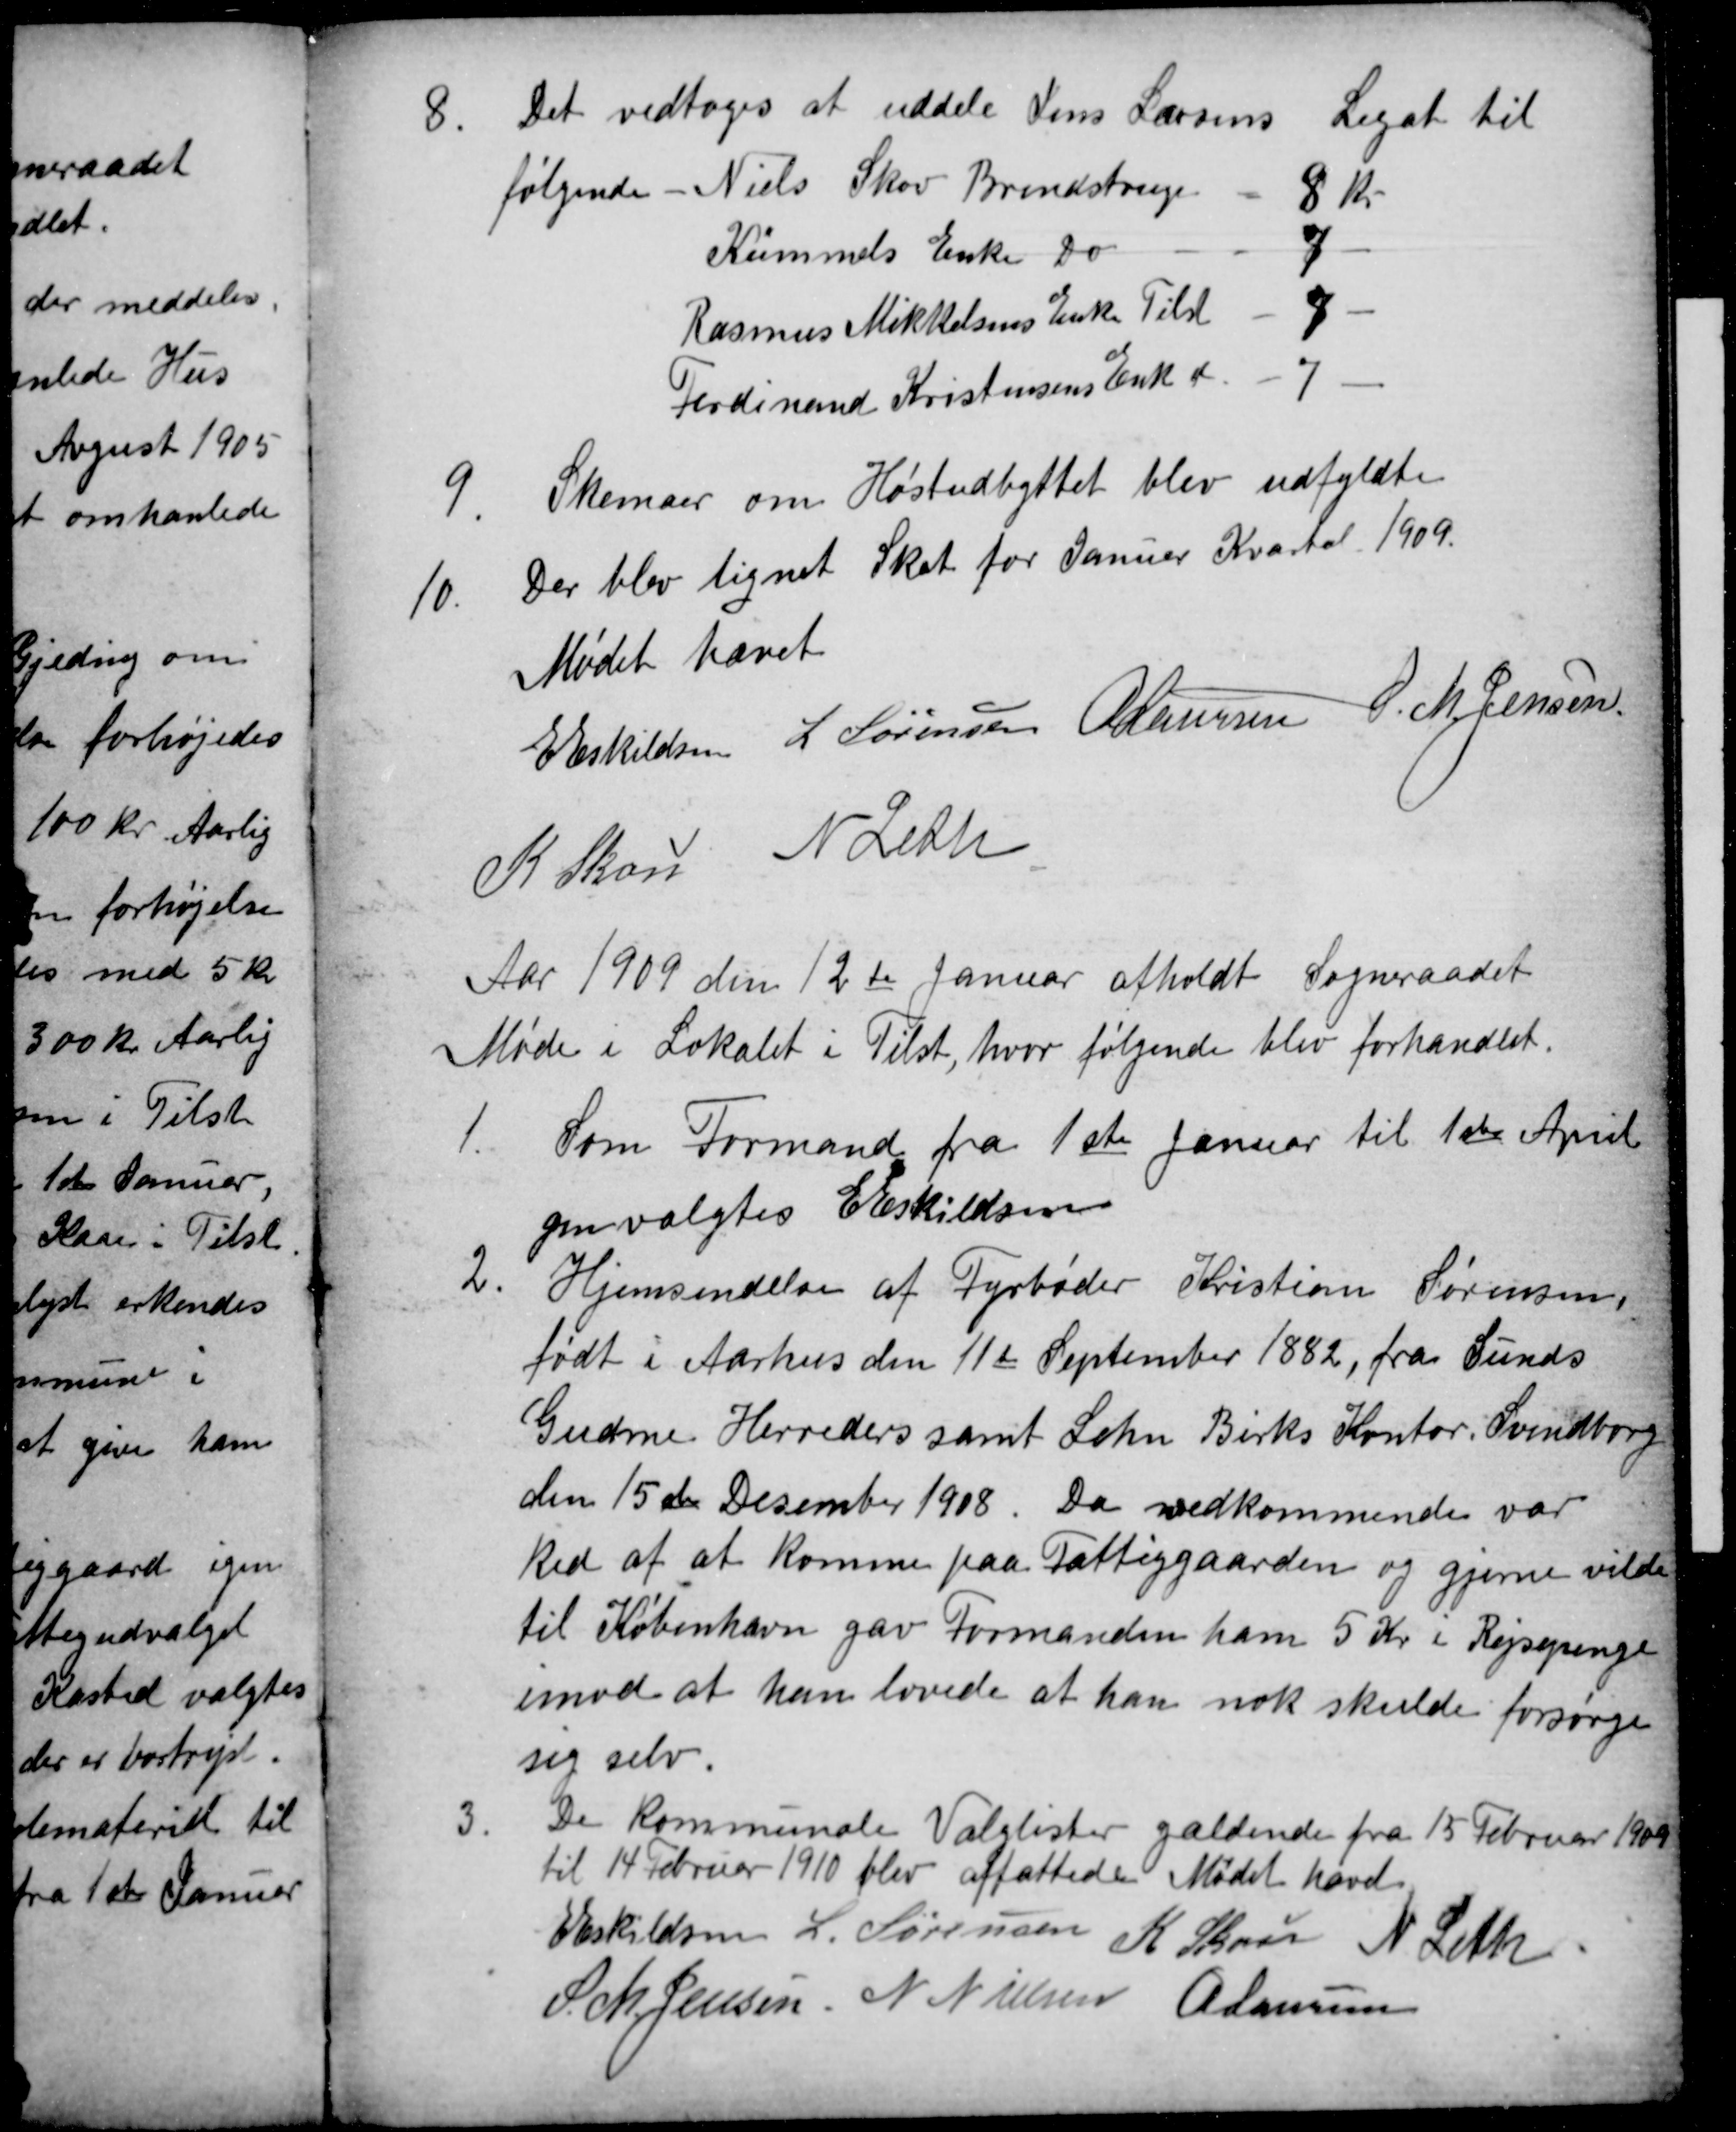
Transskription:
8
Det vedtoges at uddele Jens Larsens Legat til
følgende Niels Skov Brendstrup
8 Kr
Kümmels Enke Do
7
Rasmus Mikkelsens Enke Tilst
7
Ferdinand Kristensens Enk d-
7
9.
Skemaer om Høstudbyttet blev udfyldte
10.
Der blev lignet Skat for Januar Kvartal 1909.
Mødet hævet
E Eskildsen L Sørensen A Laursen S. M. Jensen
K Skou
N Leth
Aar 1909 den 12te Januar afholdt Sogneraadet
Møde i Lokalet i Tilst, hvor følgende blev forhandlet.
1.
Som Formand fra 1ste Januar til 1ste April
genvalgtes E Eskildsen
2
Hjemsendelse af Fyrbøder Kristian Sørensen,
født i Aarhus den 11te September 1882, fra Sunds
Gudme Herreders samt Lehn Birks Kontor. Svendborg
den 15de Desember 1908. Da vedkommende var
ked af at komme paa Fattiggaarden og gjerne vilde
til København gav Formanden ham 5 Kr i Rejsepenge
imod at han lovede at han nok skulde forsørge
sig selv.
3.
De kommunale Valglister gældende fra 15 Februar 1909
til 14 Februar 1910 blev affattede Mødet hævet
E Eskildsen L. Sørensen K Skou N Leth
S. M. Jensen N Nielsen A Laursen